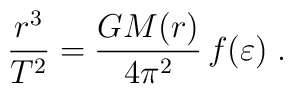
\frac{r^3}{T^2} = \frac{GM(r)}{4\pi^2}\,f(\varepsilon)\;.